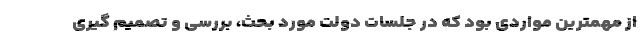
از مهمترین مواردی بود که در جلسات دولت مورد بحث، بررسی و تصمیم گیری